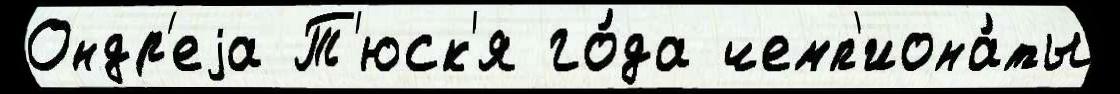
Ондр'еjа Т'юск'я го́да чемп'иона́ты